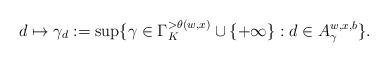
LaTeX: \begin{align*}d\mapsto \gamma_d:=\sup \{\gamma\in \Gamma_K^{>\theta(w,x)}\cup\{+\infty\}: d\in A_\gamma^{w,x,b}\}.\end{align*}